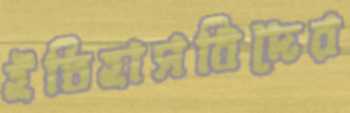
ইতিহাসবিদের